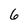
Character: 6